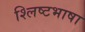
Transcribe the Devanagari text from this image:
श्लिष्टभाषा